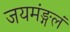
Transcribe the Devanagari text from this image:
जयमंङ्गलं